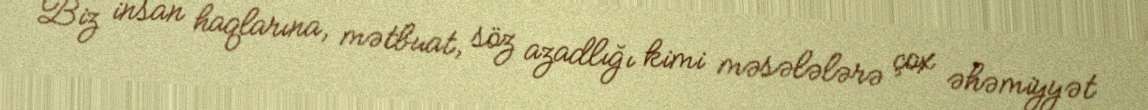
Biz insan haqlarına, mətbuat, söz azadlığı kimi məsələlərə çox əhəmiyyət